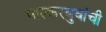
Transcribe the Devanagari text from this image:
भास्करबुवांची